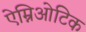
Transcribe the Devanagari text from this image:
ऐम्निओटिक